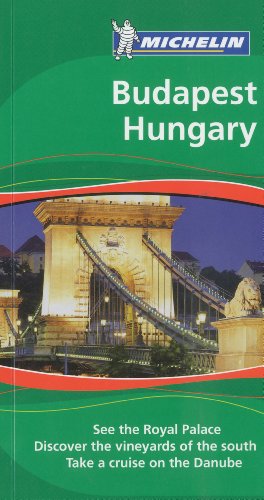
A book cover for Michelin Green Guide Budapest Hungary, 2e (Green Guide/Michelin); Michelin; Travel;